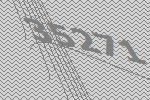
35271